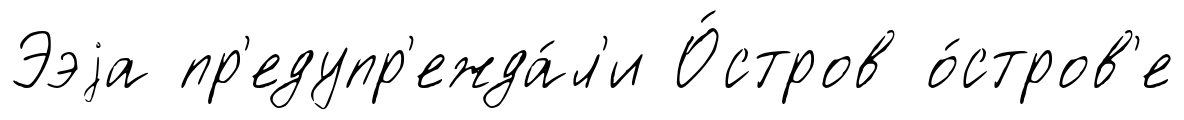
Ээjа пр'едупр'ежда́л'и О́стров о́стров'е